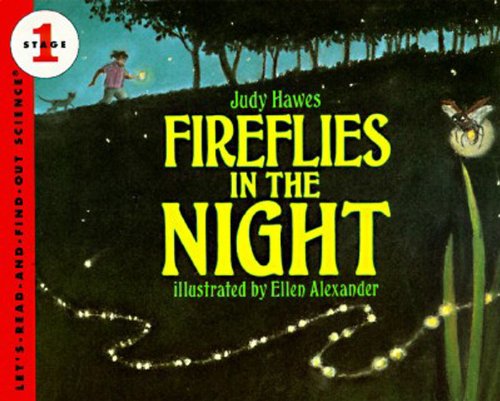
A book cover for Fireflies in the Night: Revised Edition (Let's-Read-and-Find-Out Science 1); Judy Hawes; Children's Books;